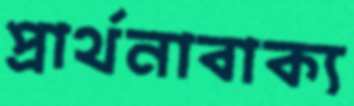
প্রার্থনাবাক্য